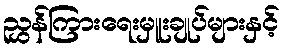
ညွှန်ကြားရေးမှူးချုပ်များနှင့်